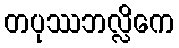
တပုဿဘလ္လိကေ